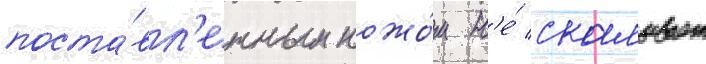
поста́вл'енным ножо́м н'е́ скалывает